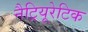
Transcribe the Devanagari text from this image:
नैट्रियूरेटिक